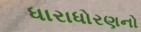
ધારાધોરણનો